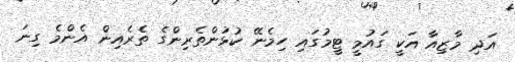
އަދި މާޒިއާ އަކީ ގައުމީ ޓީމުގައި ހިމެނޭ ކުޅުންތެރިންގެ ތެރެއިން އެންމެ ގިނަ